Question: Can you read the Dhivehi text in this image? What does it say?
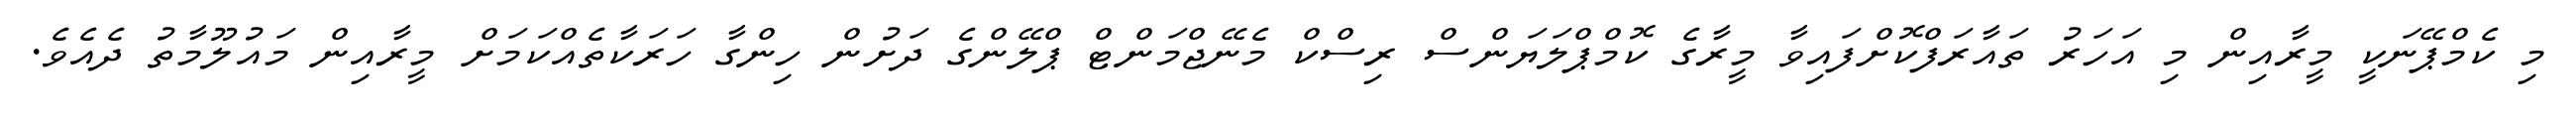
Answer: މި ކެމްޕޭނަކީ މީރާއިން މި އަހަރު ތައާރަފްކޮށްފައިވާ މީރާގެ ކޮމްޕްލަޔަންސް ރިސްކް މެނޭޖްމަންޓް ޕްލޭންގެ ދަށުން ހިންގާ ހަރަކާތެއްކަމަށް މީރާއިން މައުލޫމާތު ދެއެވެ.